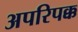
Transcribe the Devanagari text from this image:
अपरिपक्क